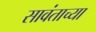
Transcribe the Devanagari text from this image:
सावंताच्या